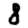
Digit: 8